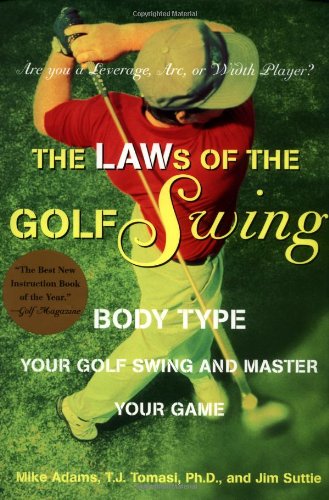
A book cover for The LAWs of the Golf Swing: Body-Type Your Golf Swing and Master Your Game; Mike Adams; Sports & Outdoors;